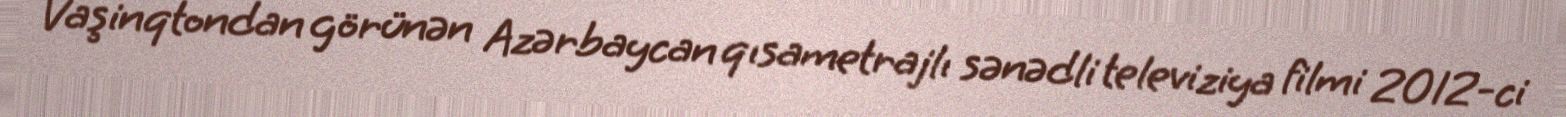
Vaşinqtondan görünən Azərbaycan qısametrajlı sənədli televiziya filmi 2012-ci